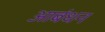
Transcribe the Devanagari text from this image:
आबंधन